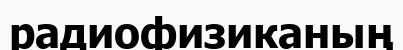
радиофизиканың